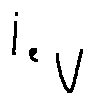
i _ { e _ { V } }